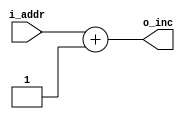
`timescale 10ns / 10ns
module incrementer  #(
    parameter       MSB     =   11
)
(
    input   wire    [MSB-1:0]   i_addr  ,   //  Entrada que proviene de la direccion en la memoria de programa (ROM)
    output  wire    [MSB-1:0]   o_inc       //  Salida que va al PC.
);

assign  o_inc   =   i_addr  +   1'b1    ;   //  Incremento en uno la direccion

endmodule